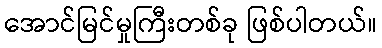
အောင်မြင်မှုကြီးတစ်ခု ဖြစ်ပါတယ်။